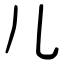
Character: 儿